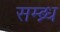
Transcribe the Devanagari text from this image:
सम्ब्न्ध